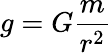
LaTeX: g=G{\frac{m}{r^{2}}}